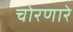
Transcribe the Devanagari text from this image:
चोरणारे